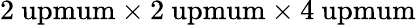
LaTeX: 2\mathrm{\ upmum}\times 2\mathrm{\ upmum}\times 4\mathrm{\ upmum}